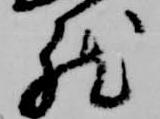
然